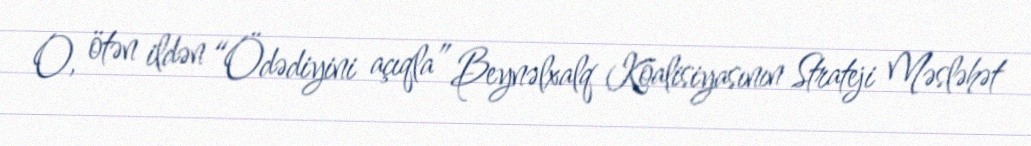
O, ötən ildən “Ödədiyini açıqla” Beynəlxalq Koalisiyasının Strateji Məsləhət